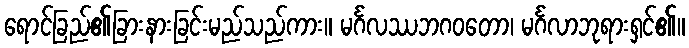
ရောင်ခြည်၏ခြားနားခြင်းမည်သည်ကား။ မင်္ဂလဿဘဂဝတော၊ မင်္ဂလာဘုရားရှင်၏။